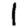
Digit: 1